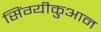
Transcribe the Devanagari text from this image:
सिंग्यीकुआन